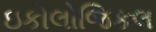
ઇકોલોજિકલ